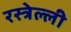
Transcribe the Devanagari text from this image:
रस्त्रेल्ली